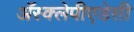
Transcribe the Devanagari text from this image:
अॅस्क्लेपीएडेसी